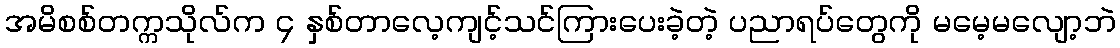
အမိစစ်တက္ကသိုလ်က ၄ နှစ်တာလေ့ကျင့်သင်ကြားပေးခဲ့တဲ့ ပညာရပ်တွေကို မမေ့မလျော့ဘဲ